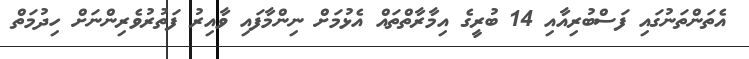
އެތަންތަނުގައި ފަސްބުރިއާއި 14 ބުރީގެ އިމާރާތްތައް އެޅުމަށް ނިންމާފައި ވާއިރު ފަތުރުވެރިންނަށް ހިދުމަތް